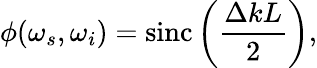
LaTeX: \phi(\omega_{s},\omega_{i})=\operatorname{sinc}\left(\frac{\Delta kL}{2}\right),